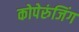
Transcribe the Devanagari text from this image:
कोपेरुंजिंग